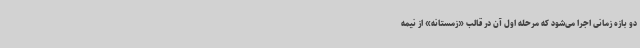
دو بازه زمانی اجرا می‌شود که مرحله اول آن در قالب «زمستانه» از نیمه